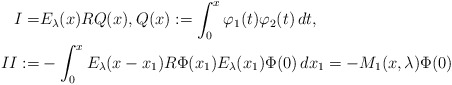
\begin{align*}I=& E_\lambda(x) R Q(x),Q(x):= \int_0^x \varphi_1(t)\varphi_2(t)\,dt,\\II:= & -\int_0^xE_{\lambda}(x-x_1)R \Phi(x_1) E_\lambda(x_1)\Phi(0)\,dx_1 = -M_1(x,\lambda)\Phi(0)\end{align*}